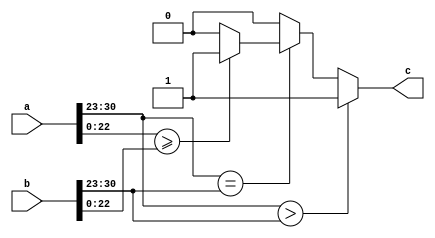
`timescale 1ns / 1ps
//////////////////////////////////////////////////////////////////////////////////
// Company: 
// Engineer: 
// 
// Design Name: 
// Module Name:    fpCompare 
// Project Name: 
// Target Devices: 
// Tool versions: 
// Description: 
//
// Dependencies: 
//
// Revision: 
// Revision 0.01 - File Created
// Additional Comments: 
//
//////////////////////////////////////////////////////////////////////////////////
module fpCompare( a,b,c
    );
input [31:0] a,b;
output reg c;

always@(*) //ignoring bit 31 because we know that all values are positive til now
begin
c=0;
	if (a[30:23] > b [30:23])
	begin
		c=1;	
	end else	begin
		if (a[30:23] == b [30:23])	begin
			if (a[22:0] >= b[22:0])	begin
				c=1;
			end else	begin
				c=0;
			end		
		end else begin
			c=0;
		end
	
	end
end
endmodule